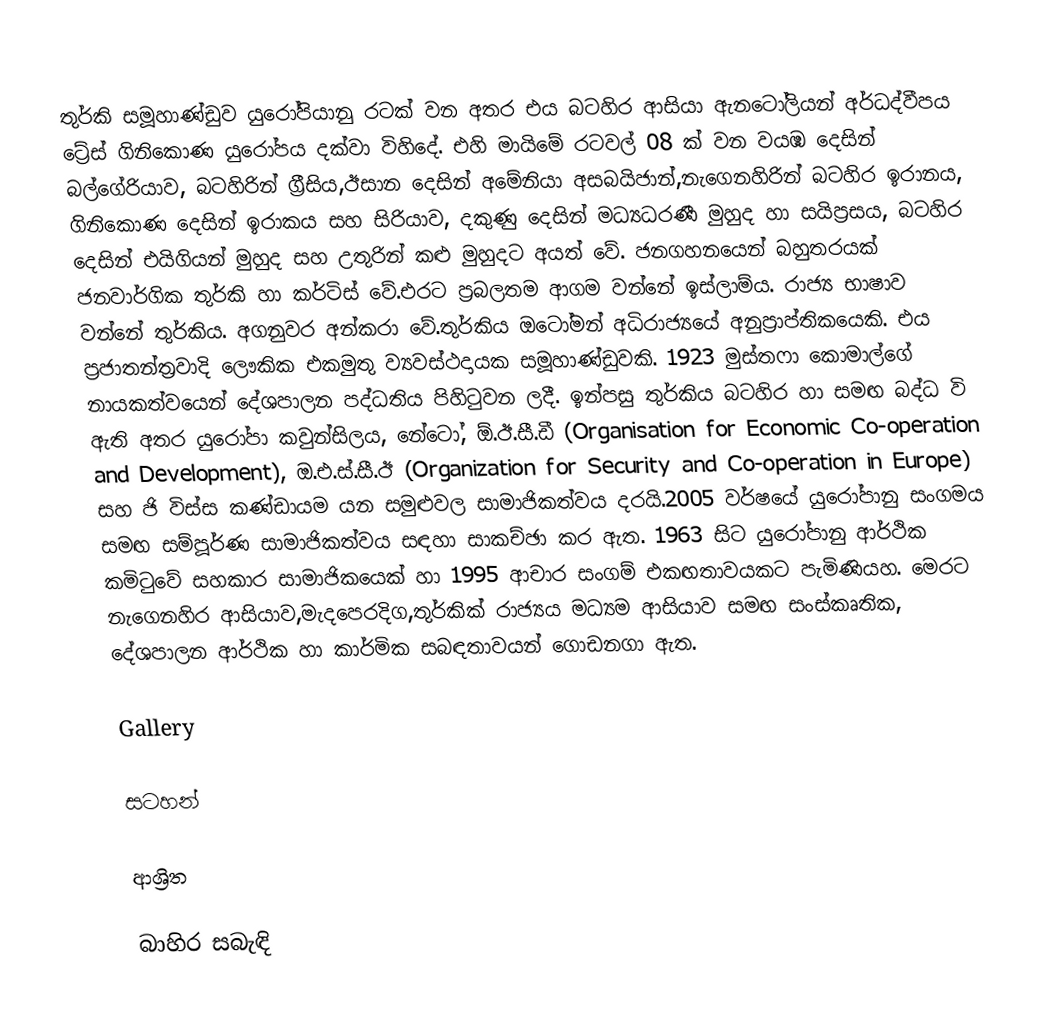
තුර්කි සමූහාණ්ඩුව යුරෝපියානු රටක් වන අතර එය බටහිර ආසියා ඇනටෝ‍ලියන් අර්ධද්වීපය ට්‍රේස් ගිනිකොණ යුරෝප‍ය දක්වා විහිදේ. එහි මායිමේ රටවල් 08 ක් වන වයඹ දෙසින් බල්ගේරියාව, බටහිරින් ග්‍රීසිය,ඊසාන දෙසින් අමේනියා අසබයිජාන්,නැගෙනහිරින් බටහිර ඉරානය, ගිනිකොණ දෙසින් ඉරාකය සහ සිරියාව, දකුණු දෙසින් මධ්‍යධරණී මුහුද හා සයිප්‍රසය, බටහිර දෙසින් එයිගියන් මුහුද සහ උතුරින් කළු මුහුදට අයත් වේ. ජනගහනයෙන් බහුතරයක් ජනවාර්ගික තුර්කි හා කර්ටිස් වේ.එරට ප්‍රබලතම ආගම වන්නේ ඉස්ලාම්ය. රාජ්‍ය භාෂාව වන්නේ තුර්කිය. අගනුවර අන්කරා වේ.තුර්කිය ඔටෝමන් අධිරාජ්‍ය‍යේ අනුප්‍රාප්තිකයෙකි. එය ප්‍රජාතන්ත්‍රවාදි ලෞකික එකමුතු ව්‍යවස්ථදායක සමූහාණ්ඩුවකි. 1923 මුස්තෆා කොමාල්ගේ නායකත්වයෙන් දේශපාලන පද්ධතිය පිහිටුවන ලදී. ඉන්පසු තුර්කිය බටහිර හා සමඟ බද්ධ වි ඇති අතර යුරෝපා කවුන්සිලය, නේටෝ, ඕ.ඊ.සී.ඩී (Organisation for Economic Co-operation and Development), ඔ.එ.ස්.සී.ඊ (Organization for Security and Co-operation in Europe) සහ ජි විස්ස කණ්ඩායම යන සමුළුවල සාමාජිකත්වය දරයි.2005 වර්ෂයේ යුරෝපානු සංගමය සමඟ සම්පූර්ණ සාමාජිකත්වය සඳහා සාකච්ඡා කර ඇත. 1963 සිට යුරෝපානු ආර්ථික කමිටුවේ සහකාර සාමාජිකයෙක් හා 1995 ආචාර සංගම් එකඟතාවයකට පැමිණියහ. මෙරට නැගෙනහිර ආසියාව,මැදපෙරදිග,තුර්කික් රාජ්‍යය මධ්‍යම ආසියාව සමඟ සංස්කෘතික, දේශපාලන ආර්ථික හා කාර්මික සබඳතාවයන් ගොඩනගා ඇත.

Gallery

සටහන්

ආශ්‍රිත

බාහිර සබැඳි